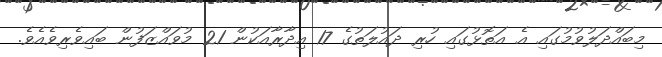
މިބައްދަލުވުމުގައި އެ އަތޮޅުގައި ހުރި ދައުލަތުގެ 17 އިދާރާއަކުން 21 މުވައްޒަފުން ބައިވެރިވެއެވެ.